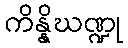
ကိန္နိဃဏ္ဍု